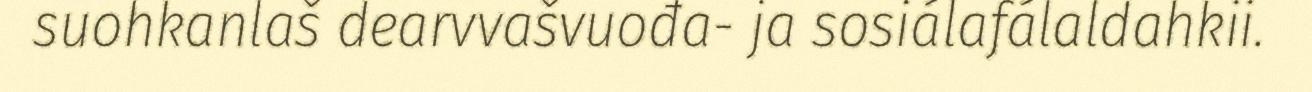
suohkanlaš dearvvašvuođa- ja sosiálafálaldahkii.